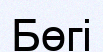
Бөгі